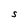
Character: S